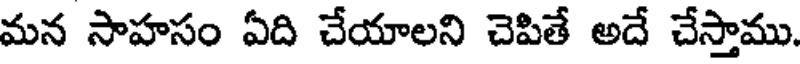
మన సాహసం ఏది చేయాలని చెపితే అదే చేస్తాము.